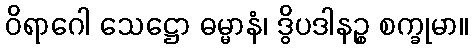
ဝိရာဂေါ သေဋ္ဌော ဓမ္မာနံ၊ ဒွိပဒါနဉ္စ စက္ခုမာ။